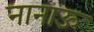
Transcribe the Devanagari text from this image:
नानाऊ